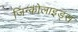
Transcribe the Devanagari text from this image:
जिन्कोलाइड्स